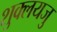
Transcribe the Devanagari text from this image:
शुक्लयजु